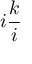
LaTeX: i { \frac { k } { i } }